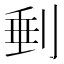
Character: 𠝶